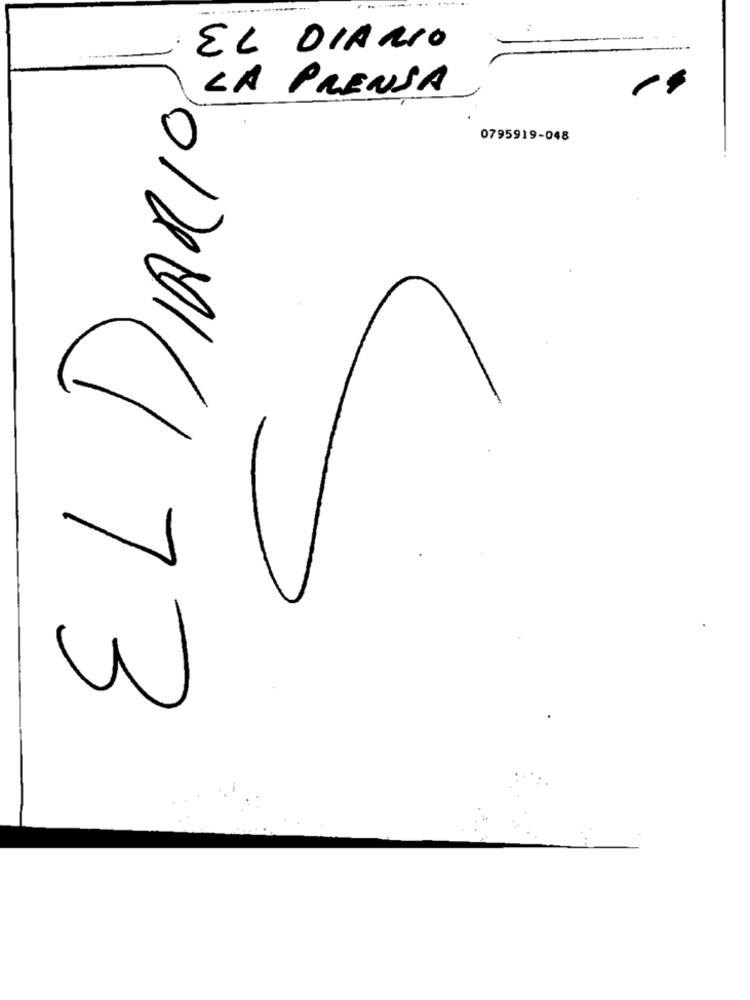
EL DIARIO
LA PRENSA
0795919-048
01/201(173